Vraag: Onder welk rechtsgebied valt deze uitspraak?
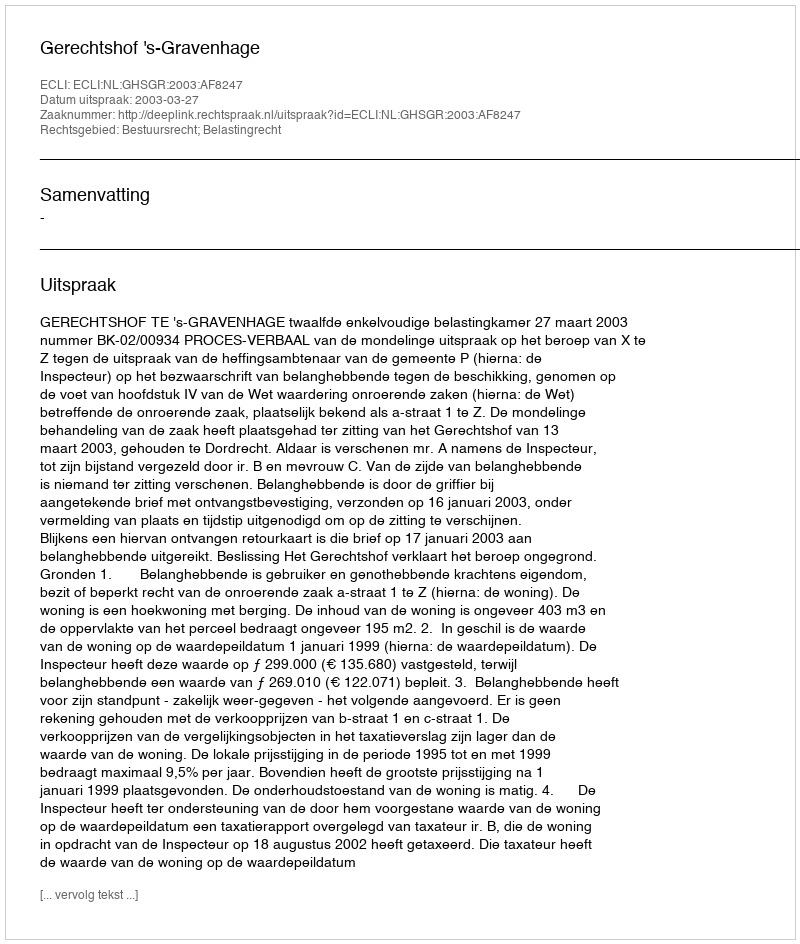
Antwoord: Bestuursrecht; Belastingrecht